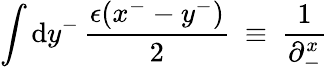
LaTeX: \int\mathrm{d}y^{-}\, {\frac{{\epsilon(x^{-}-y^{-})}}{{2}}}~\equiv~{\frac{{1}}{{\partial_{-}^{x}}}}